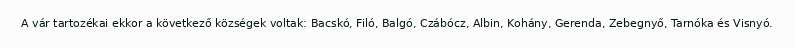
A vár tartozékai ekkor a következő községek voltak: Bacskó, Filó, Balgó, Czábócz, Albin, Kohány, Gerenda, Zebegnyő, Tarnóka és Visnyó.